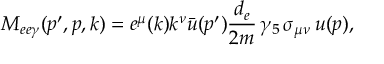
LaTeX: H = { \frac { 1 } { 2 } } \int d x \left[ \xi E ^ { 2 } + \pi _ { \rho } ^ { 2 } + { \frac { ( E ^ { \prime } - q ) ^ { 2 } } { | \Phi | ^ { 2 } } } + | \Phi ^ { \prime } | ^ { 2 } + { \frac { 1 } { 2 } } ( | \Phi | ^ { 2 } - 1 ) ^ { 2 } \right] ,